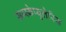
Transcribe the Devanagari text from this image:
सब्स्केप्युलेरिस